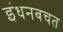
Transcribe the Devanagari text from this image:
इंधनबचत